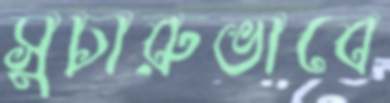
সুচারুভাবে